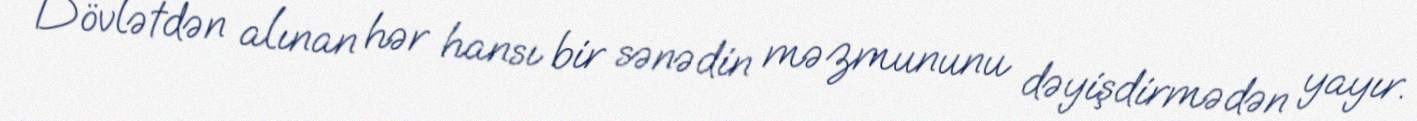
Dövlətdən alınan hər hansı bir sənədin məzmununu dəyişdirmədən yayır.